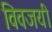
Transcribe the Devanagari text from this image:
विवजयी